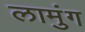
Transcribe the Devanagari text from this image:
लामुंग